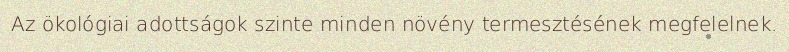
Az ökológiai adottságok szinte minden növény termesztésének megfelelnek.